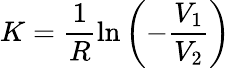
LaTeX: K=\frac{1}{R}\ln\left(-\frac{V_{1}}{V_{2}}\right)